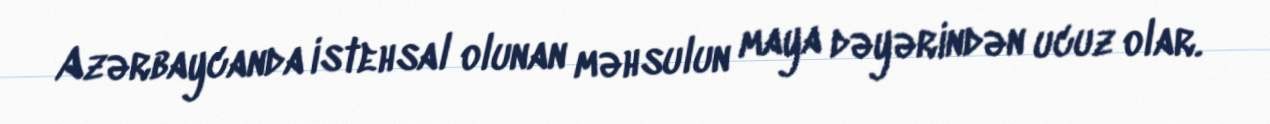
Azərbaycanda istehsal olunan məhsulun maya dəyərindən ucuz olar.